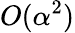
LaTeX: O(\alpha^{2})